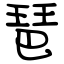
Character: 琶